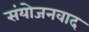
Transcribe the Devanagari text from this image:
संयोजनवाद